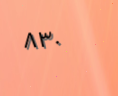
٨٣٠